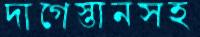
দাগেস্তানসহ